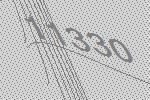
11330